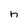
Character: h